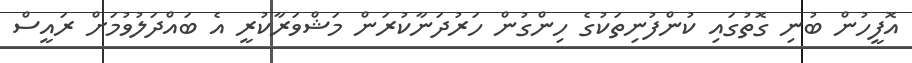
އޮފީހުން ބުނި ގޮތުގައި ކުންފުނިތަކުގެ ހިންގުން ހަރުދަނާކުރަން މަޝްވަރާކުރީ އެ ބައްދަލުވުމަށް ރައީސް